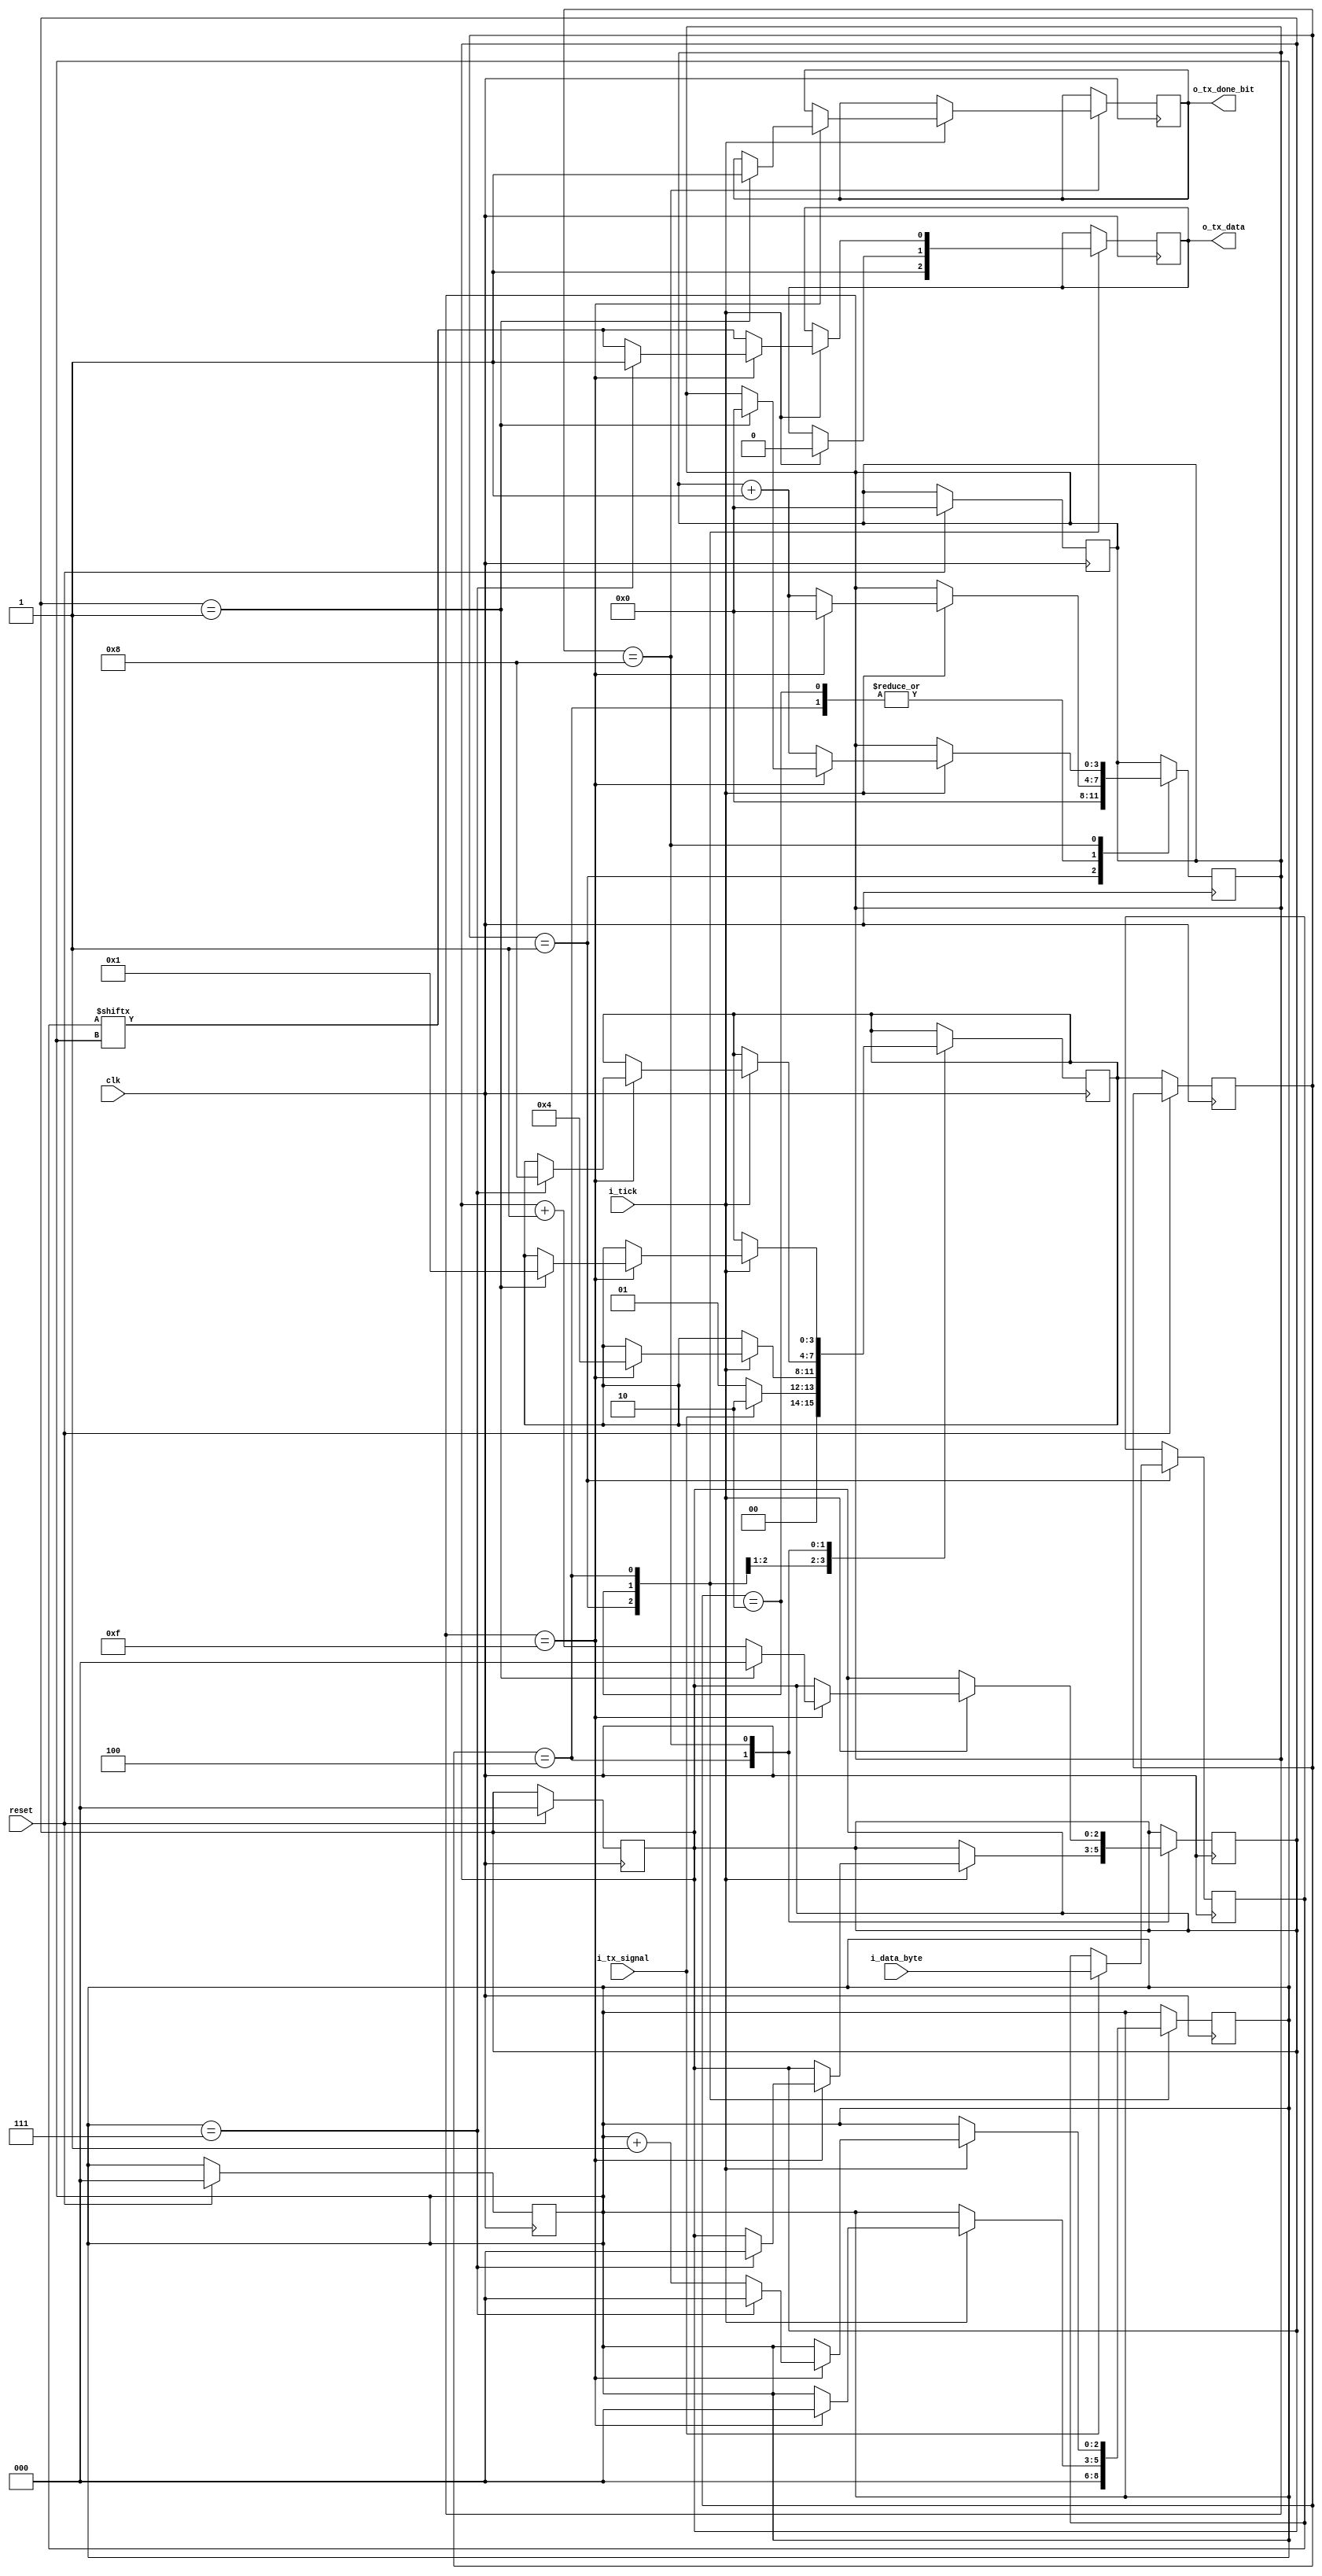
module uart_tx #(
    parameter   DATA_WIDTH  =   8,
                STOP_WIDTH  =   1
) 
(
    // INPUTS
    input [DATA_WIDTH - 1:0]    i_data_byte,
    input       clk,
    input       reset,
    input       i_tick,
    input       i_tx_signal,

    // OUTPUTS
    output wire  o_tx_done_bit,
    output wire     o_tx_data

);


    localparam  STATE_IDLE   = 4'b0001;
    localparam  STATE_START  = 4'b0010;
    localparam  STATE_DATA   = 4'b0100;
    localparam  STATE_STOP   = 4'b1000;


    reg [DATA_WIDTH - 1:0]  data_byte = 0;
    reg [3:0]   tick_counter    = 0;
    reg [3:0]   current_state   = 0;
    reg [3:0]   next_state      = 0;
    reg [2:0]   data_index      = 0;
    reg [2:0]   stop_index      = 0;
    reg         tx_data         = 1'b1;
    reg         tx_done_bit     = 0;

    assign o_tx_data = tx_data;
    assign o_tx_done_bit = tx_done_bit;

    // Memoria
    always @(posedge clk ) begin
        if (reset) begin 
            tick_counter <= 0;
            data_index <= 0;
            stop_index <= 0;
        end
        else
            current_state <= next_state;
    end

    // Maquina de estados
    always @(posedge clk ) begin
        case (current_state)

            STATE_IDLE: begin
                tx_data <= 1'b1;
                tick_counter <= 0;
                data_index <= 0;
                next_state <= STATE_IDLE;
                if (i_tx_signal == 1'b1) begin
                    next_state <= STATE_START; 
                    data_byte <= i_data_byte;
                end                                   
            end

            STATE_START: begin
                if (i_tick) begin
                    tx_data <= 1'b0;
                    if (tick_counter == 15) begin
                        next_state <= STATE_DATA;                        
                        tx_data <= 0;
                        data_index <= 0;
                        tick_counter <= 0;
                    end 
                    else begin
                        tick_counter <= tick_counter + 1;
                    end
                end
            end

            STATE_DATA: begin
                if (i_tick) 
                begin    
                    tx_data <= data_byte[data_index];
                    if (tick_counter == 15) 
                    begin
                        tick_counter <= 0;
                        if (data_index == DATA_WIDTH - 1) 
                        begin
                            tick_counter <= 0;
                            data_index <= 0;
                            stop_index <= 0;
                            tx_data <= 1'b1;
                            next_state <= STATE_STOP;
                        end 
                        else 
                            data_index <= data_index + 1;                        
                    end 
                    else 
                        tick_counter = tick_counter + 1;    
                end
            end

            STATE_STOP: begin
                if (i_tick) 
                begin
                    if (tick_counter == 15) 
                    begin
                        if (stop_index == STOP_WIDTH) 
                        begin
                            stop_index <= 0;
                            tick_counter <= 0;
                            tx_done_bit <= 1;
                            next_state <= STATE_IDLE;                            
                        end 
                        else 
                            stop_index <= stop_index + 1;
                    end 
                    else
                        tick_counter = tick_counter + 1; 
                end 
            end
        endcase
    end
    
endmodule